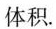
体积.